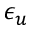
\epsilon _ { u }